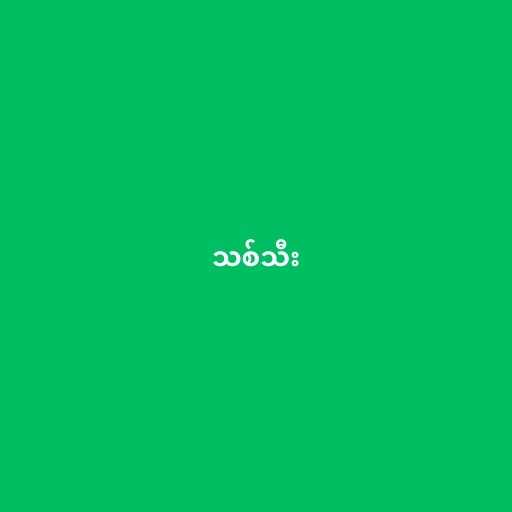
သစ်သီး